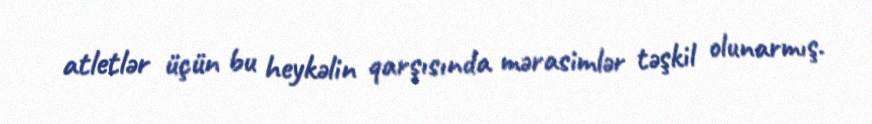
atletlər üçün bu heykəlin qarşısında mərasimlər təşkil olunarmış.